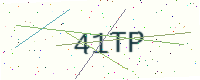
Text: 41TP